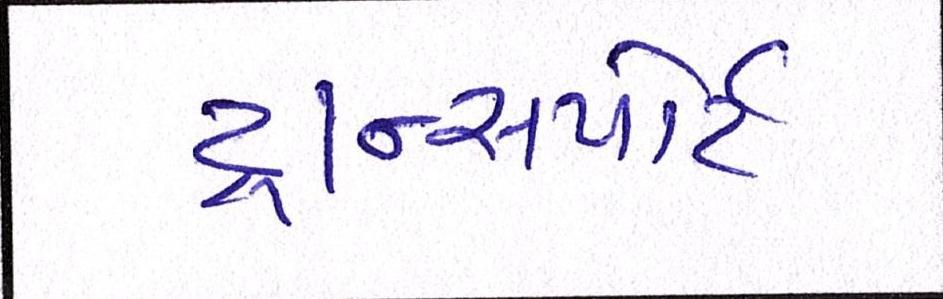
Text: ટ્રાન્સ્પોર્ટ